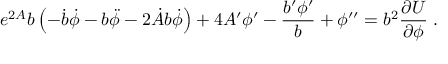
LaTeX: e ^ { 2 A } b \left( - \dot { b } \dot { \phi } - b \ddot { \phi } - 2 \dot { A } b \dot { \phi } \right) + 4 A ^ { \prime } \phi ^ { \prime } - \frac { b ^ { \prime } \phi ^ { \prime } } { b } + \phi ^ { \prime \prime } = b ^ { 2 } \frac { \partial U } { \partial \phi } \; .